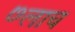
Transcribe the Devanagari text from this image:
७लाच